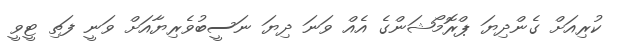
ކުރިއަށް ގެންދިޔަ ޕްރޮމޯޝަންގެ އެއް ވަނަ ދިޔަ ނަސީބުވެރިޔާއަށް ވަނީ ފަތި ޓީވީ